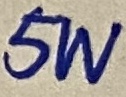
Text: 5W